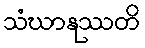
သံဃာနုဿတိ